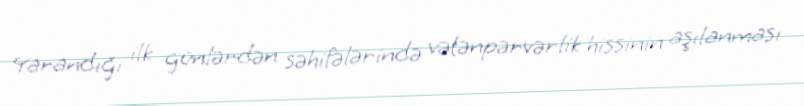
Yarandığı ilk günlərdən səhifələrində vətənpərvərlik hissinin aşılanması